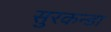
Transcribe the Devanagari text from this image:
सुरकन्डा